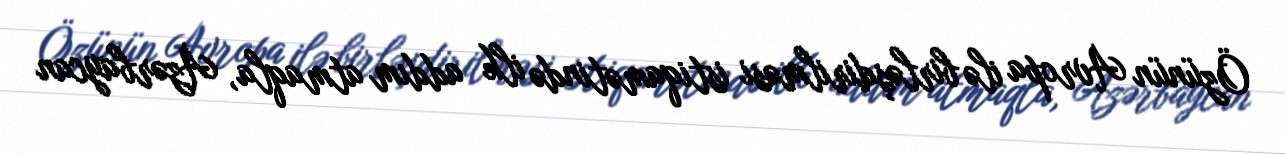
Özünün Avropa ilə birləşdirilməsi istiqamətində ilk addım atmaqla, Azərbaycan